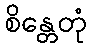
စိန္တေတုံ